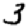
Digit: 3